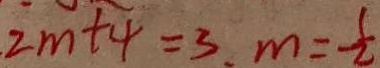
2 m + 4 = 3 , m = - \frac { 1 } { 2 }